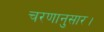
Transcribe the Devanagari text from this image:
चरणानुसार।